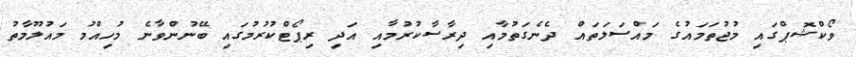
ވޯކްޝޮޕްގައި މުޖުތަމައުގެ މައްސަލަތައް ދެނެގަތުމާއި ދިރާސާކުރުމާއި އަދި ރިޕޯޓްކުރުމުގައި ބޭނުންވާނެ މުހިއްމު މައުލޫމާތު